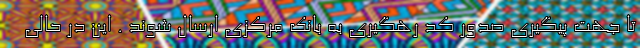
تا جهت پیگیری صدور کد رهگیری به بانک مرکزی ارسال شوند . این در حالی